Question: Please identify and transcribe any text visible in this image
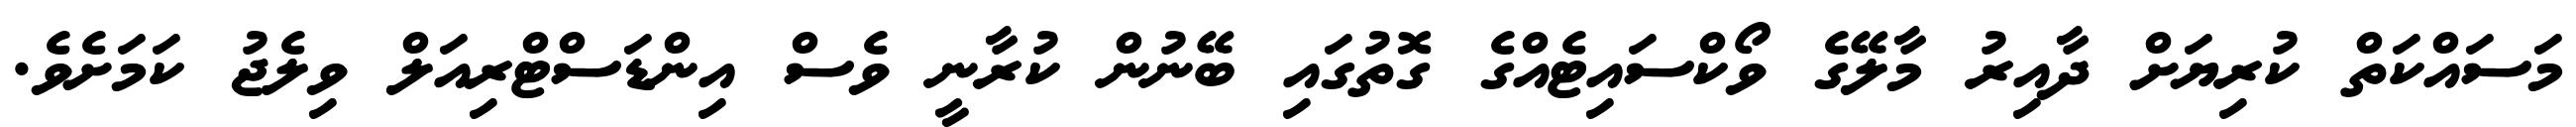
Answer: މަސައްކަތް ކުރިޔަށް ދާއިރު މާލޭގެ ވޯކްސައިޓެއްގެ ގޮތުގައި ބޭނުން ކުރާނީ ވެސް އިންޑަސްޓްރިއަލް ވިލެޖު ކަމަށެވެ.